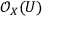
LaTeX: { \mathcal { O } } _ { X } ( U )